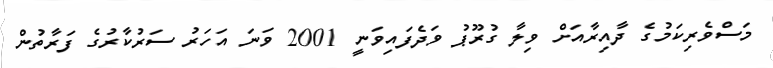
މަސްވެރިކަމުގެ ދާއިރާއަށް ވިލާ ގުރޫޕު ވަދެފައިވަނީ 2001 ވަނަ އަހަރު ސަރުކާރުގެ ފަރާތުން